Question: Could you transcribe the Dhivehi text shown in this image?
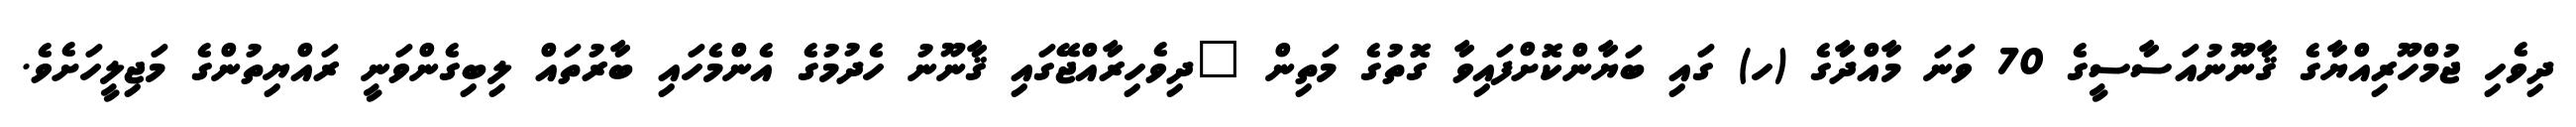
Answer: ދިވެހި ޖުމްހޫރިއްޔާގެ ޤާނޫނުއަސާސީގެ 70 ވަނަ މާއްދާގެ (ހ) ގައި ބަޔާންކޮށްފައިވާ ގޮތުގެ މަތިން "ދިވެހިރާއްޖޭގައި ޤާނޫނު ހެދުމުގެ އެންމެހައި ބާރުތައް ލިބިގެންވަނީ ރައްޔިތުންގެ މަޖިލީހަށެވެ.